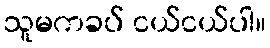
သူမကခပ် ငယ်ငယ်ပါ။